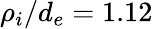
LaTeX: \rho_{i}/d_{e}=1.12